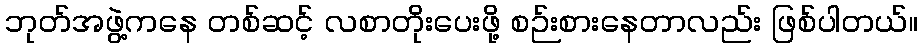
ဘုတ်အဖွဲ့ကနေ တစ်ဆင့် လစာတိုးပေးဖို့ စဉ်းစားနေတာလည်း ဖြစ်ပါတယ်။